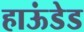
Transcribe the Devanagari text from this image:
हाऊंडेड